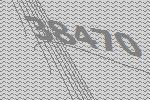
38470